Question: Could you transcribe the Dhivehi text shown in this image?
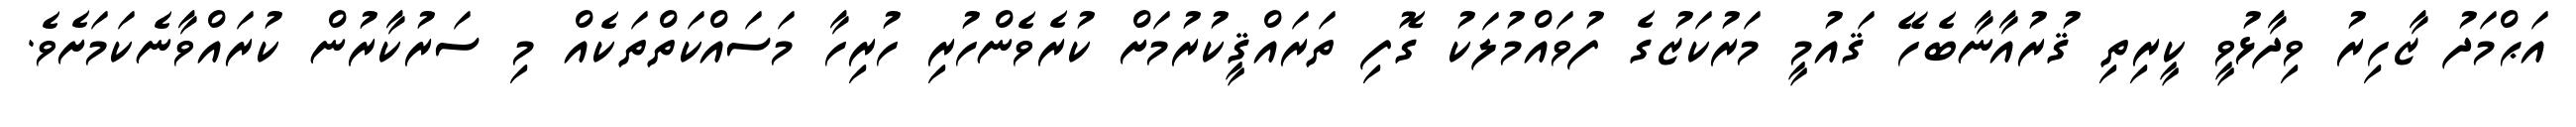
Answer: އަޙްމަދު ޒާހިރު ވިދާޅުވީ ކީރިތި ޤުރުއާނާބެހޭ ޤައުމީ މަރުކަޒުގެ ފުވައްމުލަކު ގޮފި ތަރައްޤީކުރުމަށް ކުރެވެންހުރި ހުރިހާ މަސައްކަތްތަކެއް މި ސަރުކާރުން ކުރައްވާނެކަމަށެވެ.